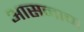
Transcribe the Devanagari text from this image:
आसनाचा